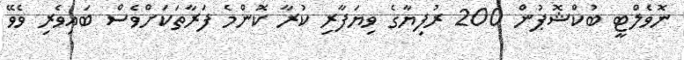
ނޮވެލްޓީ ބުކްޝޮޕުން 200 ރުފިޔާގެ ވިޔަފާރި ކުރާ ކޮންމެ ފަރާތަކަށްވެސް ބައިވެރި ވެވޭ